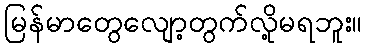
မြန်မာတွေလျော့တွက်လို့မရဘူး။